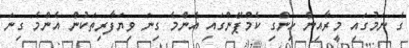
ގެ ނަމުގައި މީރާއިން ހިންގި ކެމްޕޭންގައި އެންމެ ގިނަ ވިޔަފާރިތަކުން އެންމެ ގިނަ